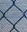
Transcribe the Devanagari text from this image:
एक्स्टेंशनों